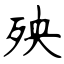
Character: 殃